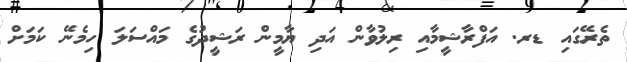
ތެރޭގައި ޑރ. އަފްރާޝީމާއި ރިލުވާން އަދި ޔާމީން ރަޝީދުގެ މައްސަލަ ހިމެނޭ ކަމަށް